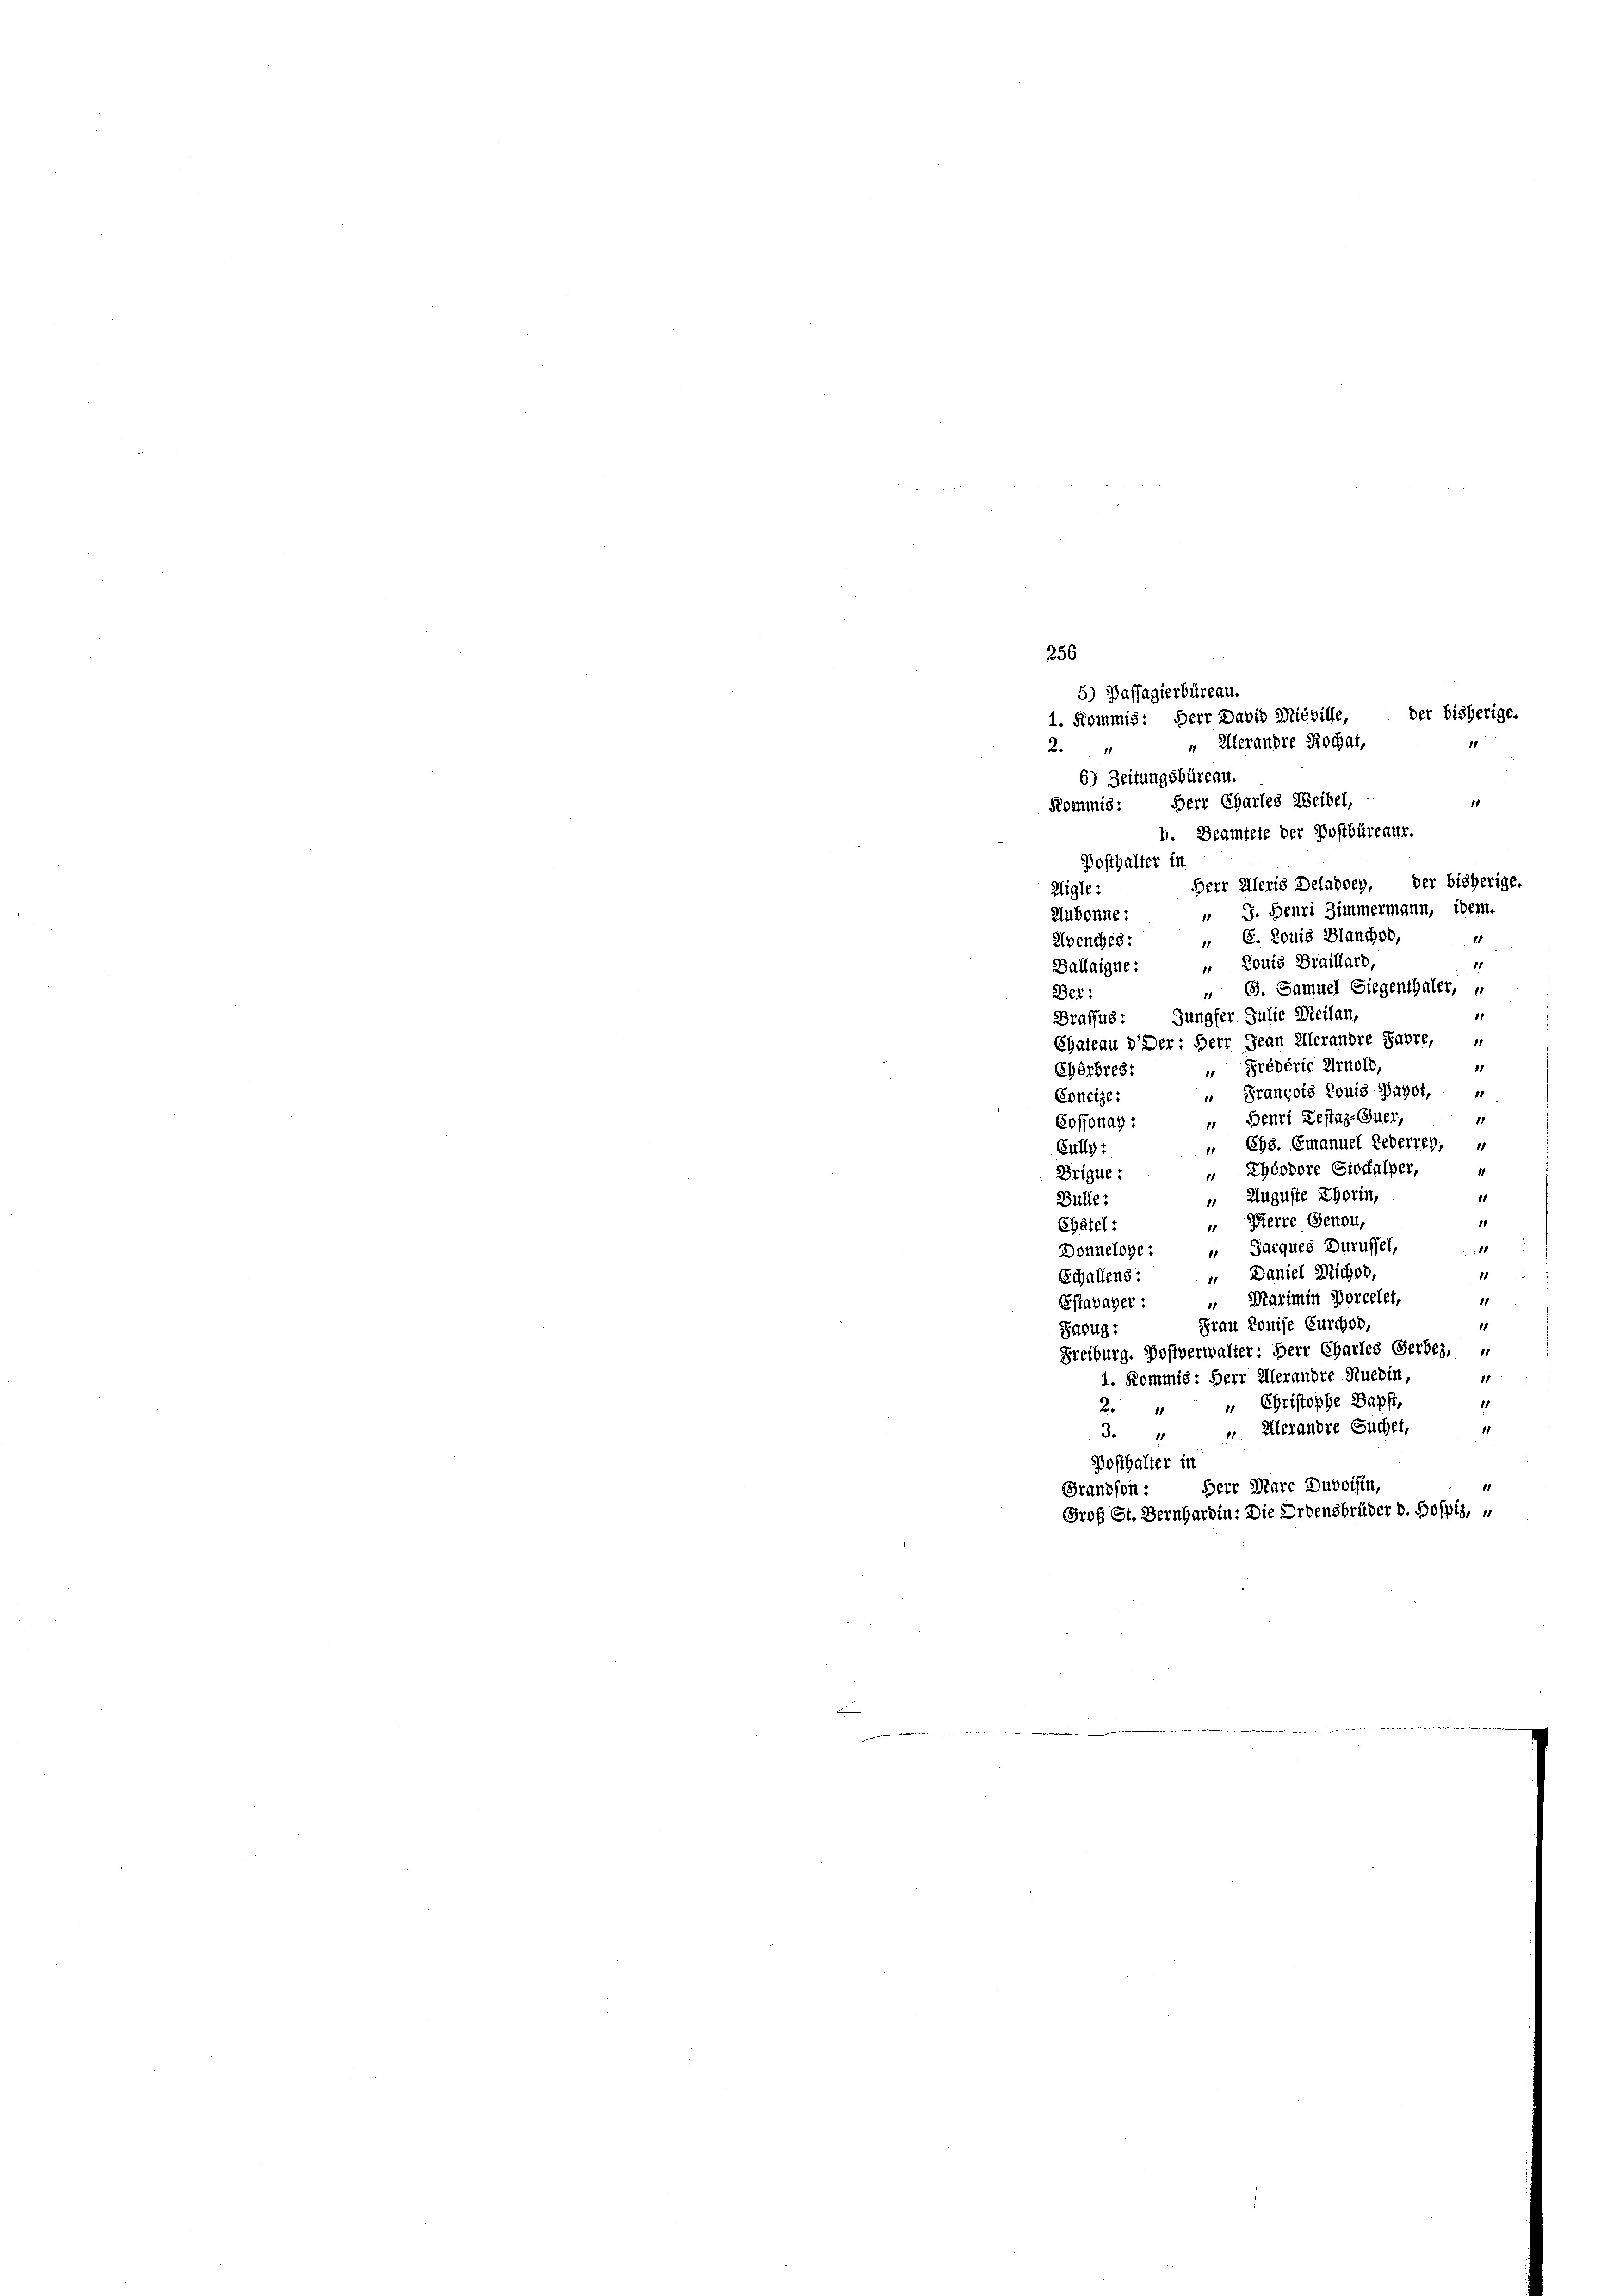
256
der bisherige.
1. Kommis: Herr David Michille,
2. " " Alerandre Rochat,
6) Zeitungsbüreau
1
Kommis: Herr Charles Weibel,
b. Beamtete der Postbüreaur.
Posthalter in
Herr Aleris Delaboey, der bisherige.
Aigle:
" J. Henri Zimmermann, idem.
Aubonne:
1
 E. Louis Blancher,
Avenches:
 Louis Braillard,
11
Ballaigne:
" G. Samuel Siegenthaler, u
Der:
Jungfer. Julie Meilen,
Braffus:
Chateau d. Der: Herr Jean Allerandre Jahre,
11
„ Prébéric Arnold,
Cherbres:
François Louis-Pagst,
1
Concize:
11
Benri Restaz-Guer,
11
Soffonay
648. Emanuel Lederreg;
Fullg:
Théodore Stoffalper,
Brigue :
Auguste Chorin,
11
Bülle:
Herre Genou,
11
Chätel:
18
 Jarques Zuruffel,
Donnelohe:
.
 Daniel Michod,
Schallens:
11
Marimin Borcelet,
Estavayer:
11
Frau Louise Curchor,
11
Sazug:
Freiburg. Postverwalter: Herr Chartes Gerbes,
11
1. Kommis: Herr Herandre Ruebin,
11
„ Christophe Papst,
B
11
Alerandre Suchet,
3. 4
Posthalter in
Herr Marc Duboisin,
Grandson
Grof St. Bernhardin: Die Ordensbrüder d. Pospis, u

5) Passagierbüreau.